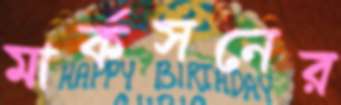
মার্কসনের